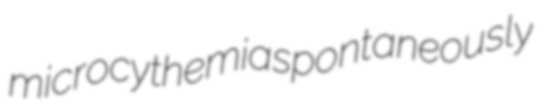
microcythemia spontaneously